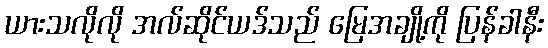
ယားသလိုလို အလ်ဆိုင်ယဒ်သည် မြေအချို့ကို ပြန်ခါနီး